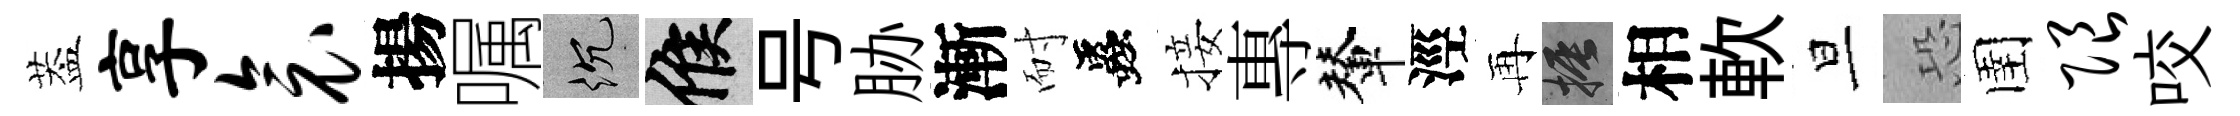
葢享衾揚嘱沉候号胁漸耐蟲接專輦涇再振相軟旦恐圉限咬